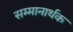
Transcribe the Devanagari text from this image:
सम्मानार्थक